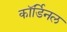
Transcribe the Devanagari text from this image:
कॉर्डिनल